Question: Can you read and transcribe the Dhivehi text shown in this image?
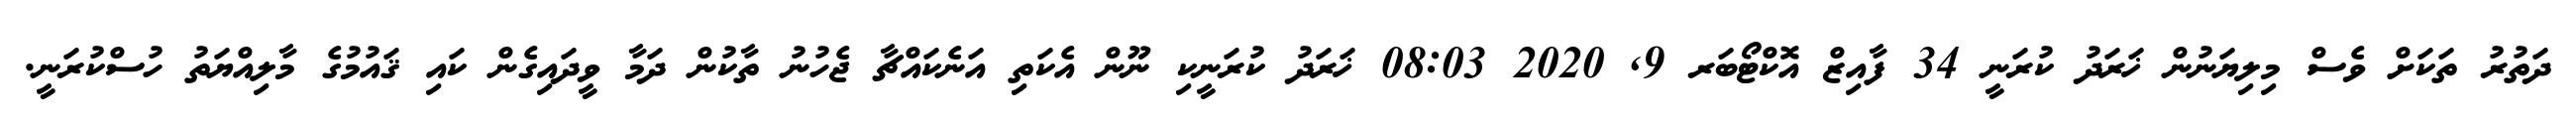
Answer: ދަތުރު ތަކަށް ވެސް މިލިޔަނުން ޚަރަދު ކުރަނީ 34 ފާއިޒް އޮކްޓޯބަރ 9, 2020 08:03 ޚަރަދު ކުރަނީކި ނޫން އެކަތި އަނެކައްޗާ ޖެހުނު ތާކުން ދަމާ ވީދައިގެން ކައި ޤައުމުގެ މާލިއްޔަތު ހުސްކުރަނީ.